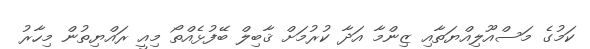
ކަމުގެ މަސްއޫލިއްޔަތާއި ޒިންމާ އަދާ ކުރުމަށް ޤާބިލް ބޭފުޅެއްތޯ މިއީ ރައްޔިތުން މިހާރު